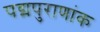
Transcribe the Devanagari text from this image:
पद्मपुराणांक